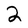
Character: 2